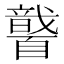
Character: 𱳓